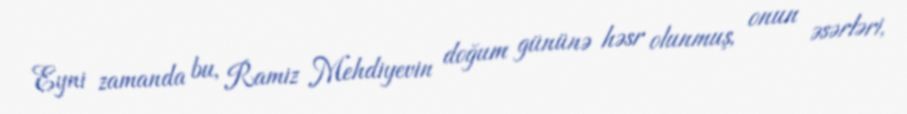
Eyni zamanda bu, Ramiz Mehdiyevin doğum gününə həsr olunmuş, onun əsərləri,